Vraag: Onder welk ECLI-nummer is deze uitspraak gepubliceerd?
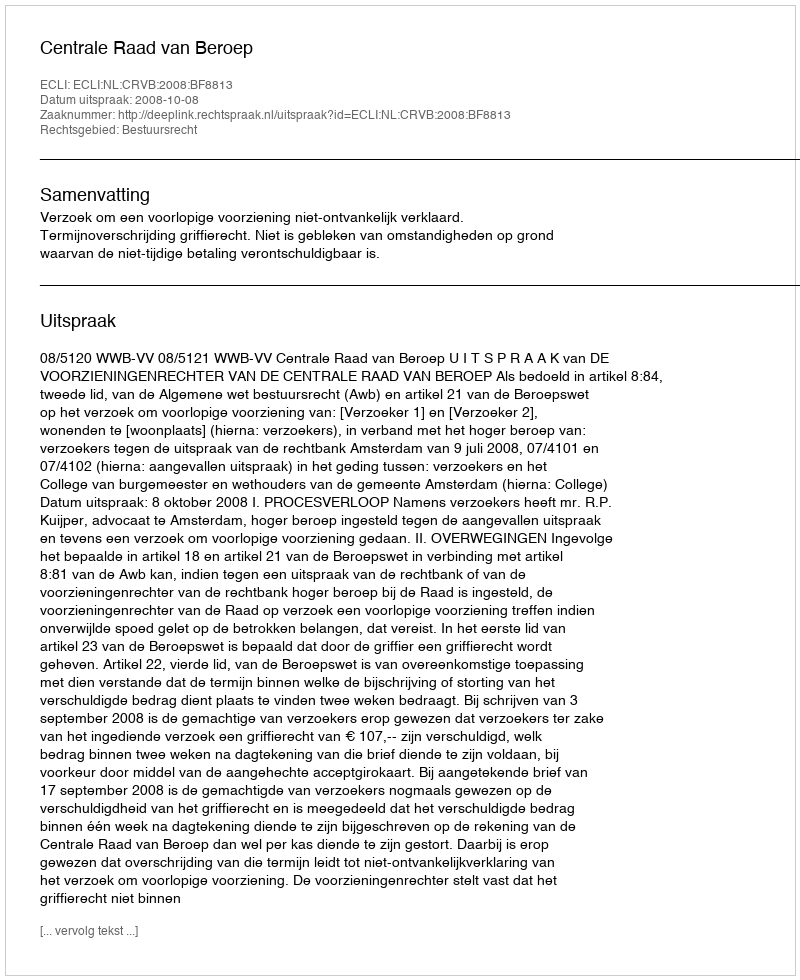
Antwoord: ECLI:NL:CRVB:2008:BF8813